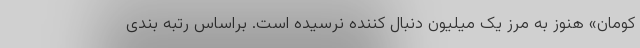
کومان» هنوز به مرز یک میلیون دنبال کننده نرسیده است. براساس رتبه بندی